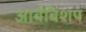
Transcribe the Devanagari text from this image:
आर्बबिशप